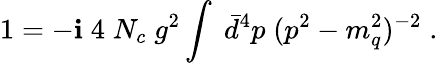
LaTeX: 1=-\mathbf{i}\; 4\; N_{c}\; g^{2}\int\; \bar{{d}}^{4}p\; (p^{2}-m_{q}^{2})^{-2}\; .